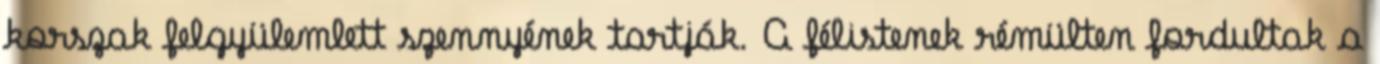
korszak felgyülemlett szennyének tartják. A félistenek rémülten fordultak a